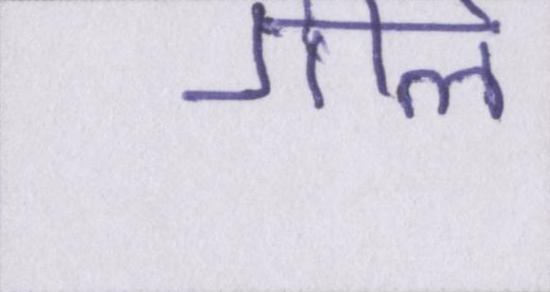
गीले